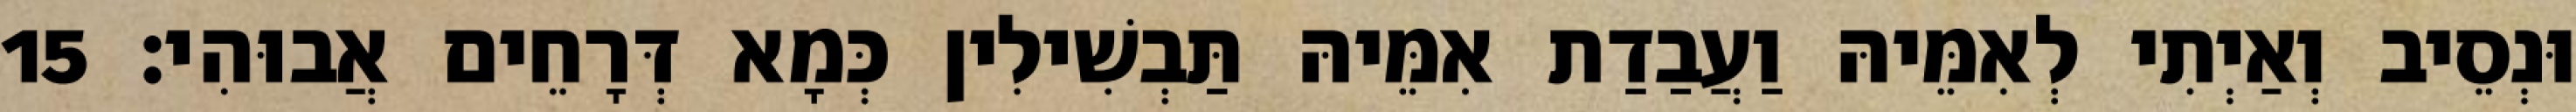
וּנְסֵיב וְאַיְתִי לְאִמֵּיהּ וַעֲבַדַת אִמֵּיהּ תַּבְשִׁילִין כְּמָא דְּרָחֵים אֲבוּהִי׃ 15